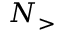
N _ { > }